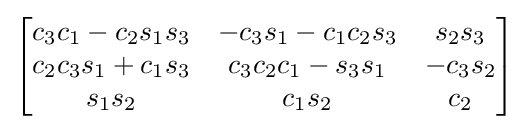
{\begin{bmatrix}c_{3}c_{1}-c_{2}s_{1}s_{3}&-c_{3}s_{1}-c_{1}c_{2}s_{3}&s_{2}s_{3}\\c_{2}c_{3}s_{1}+c_{1}s_{3}&c_{3}c_{2}c_{1}-s_{3}s_{1}&-c_{3}s_{2}\\s_{1}s_{2}&c_{1}s_{2}&c_{2}\end{bmatrix}}